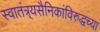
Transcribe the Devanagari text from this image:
स्वातंत्र्यसैनिकांविरुद्धच्या